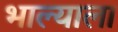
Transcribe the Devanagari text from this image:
भाल्याला